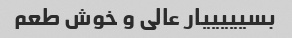
بسیییییار عالی و خوش طعم